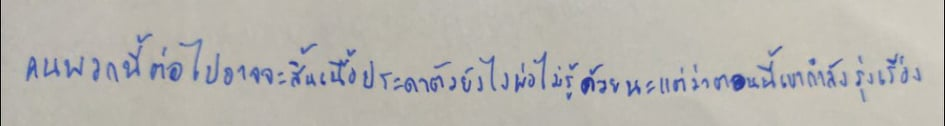
"คนพวกนี้ต่อไปอาจจะสิ้นเนื้อประดาตัวยังไงพ่อไม่รู้ด้วยนะแต่ว่าตอนนี้เขากำลังรุ่งเรือง